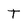
Character: T